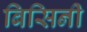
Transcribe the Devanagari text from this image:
बिसिनी